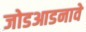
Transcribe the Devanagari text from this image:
जोडआडनावे